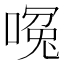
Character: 𪡶